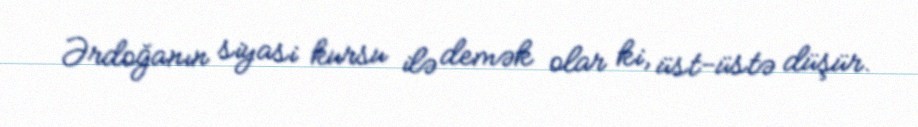
Ərdoğanın siyasi kursu ilə demək olar ki, üst-üstə düşür.